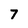
Character: 7